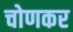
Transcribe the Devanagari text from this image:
चोणकर